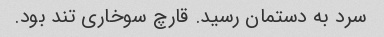
سرد به دستمان رسید. قارچ سوخاری تند بود.